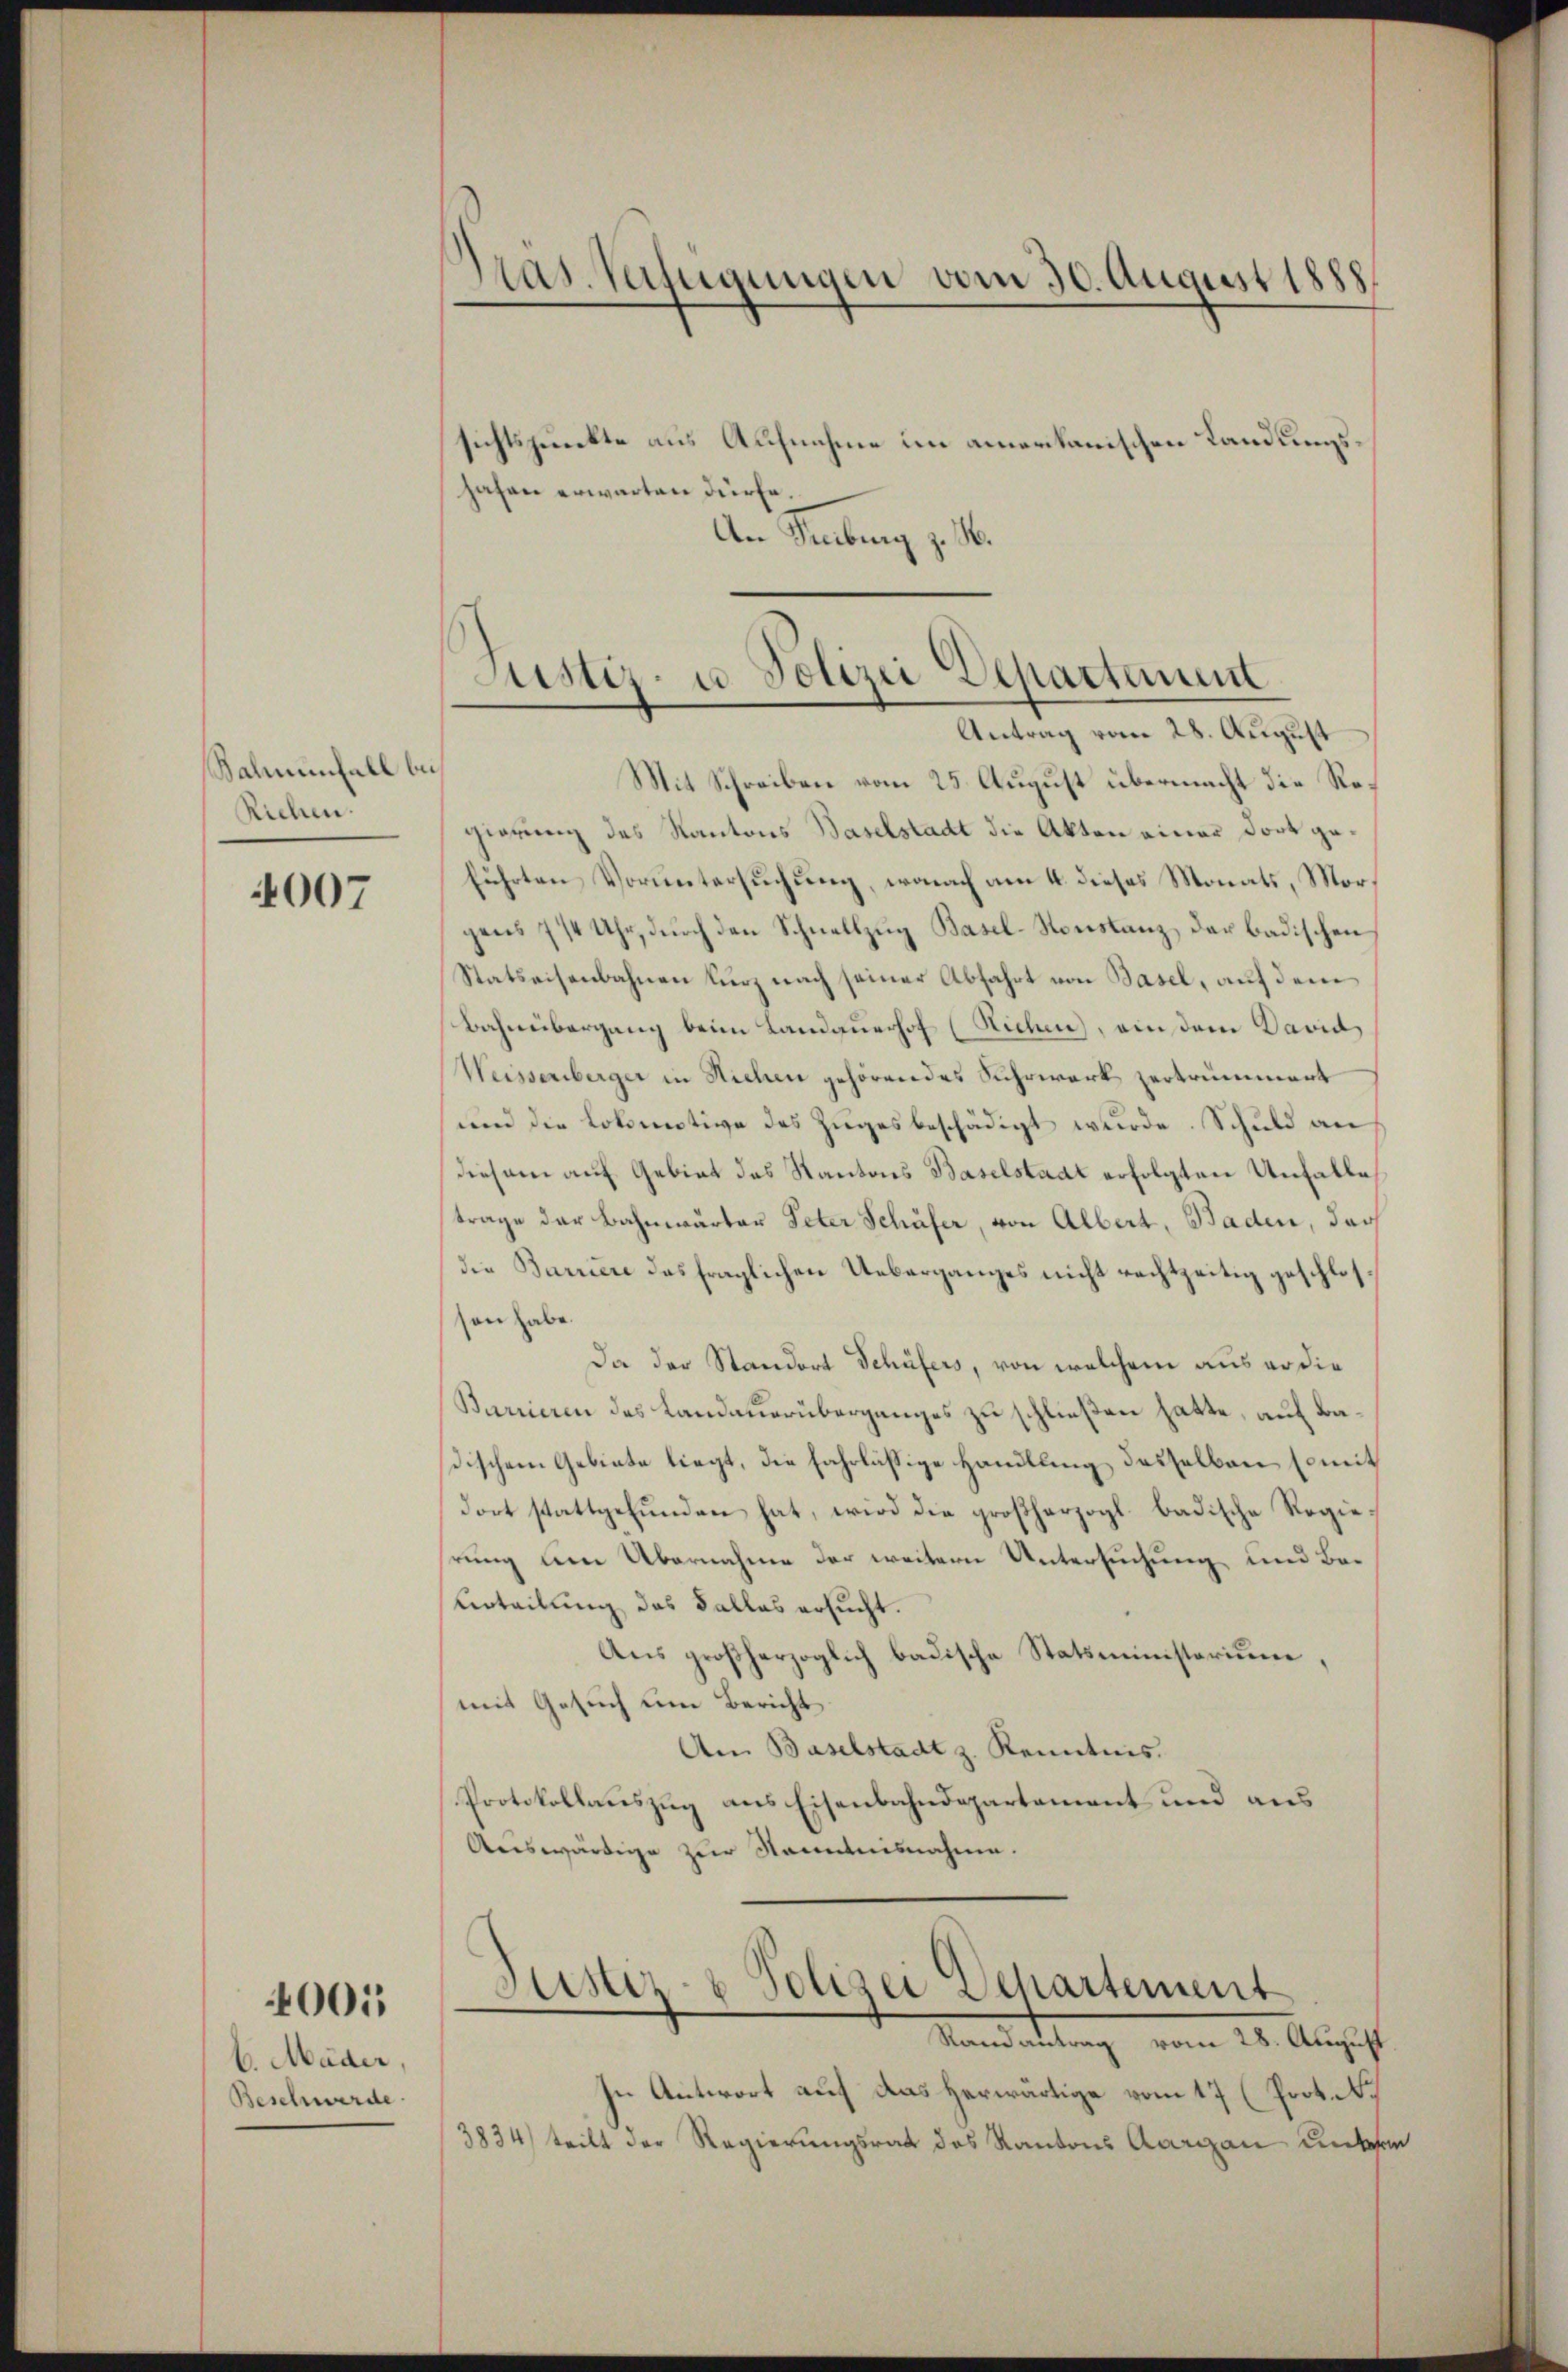
Balmenfall bei
Rechen.

4007

6. Mäder,
Beschwerde

001

sichtspunkte aus Aufnahme im amerikanischen Landungshafen erwarten dürfe.
An Senburg z. B.

Pras. Verfügungen vom 30. August 1888

Justiz- u. Polizei Departement
Antrag vom 28. August
Mit Schreiben vom 25. August übermacht die Re¬

gierung des Kantons Baselstadt die Akten einer Dort geführten Voruntersuchung, wonach am 4. dieses Monats, Morgens 7/4 Uhr, durch den Schnellzug Basel-Konstanz, der badischen
Statseisenbahnen kurz nach seiner Abfahrt von Basel, auf dem
Bahnübergang beim Landauerhof (Richen, ainem David
Weissenberger in Sichen gehörendes Suhrwerk zertrümmert
und die Lokomotive des Zuges beschädigt wurde. Schuld an
diesem auf Gebiet das Kantons Baselstadt erfolgten Unfalle
trage der Bahnwärter Peter Schäfer, von Albert, Baden, das
die Barriere das fraglichen Ueberganges nicht rechtzeitig geschlossen habe.
Da der Standort Schüfers, von welchem aus er die
Barrieren des Landauerüberganges zu schließen hatte, auf dadischem Gebiete liegt, die fahrlässige Handlung desselben somit
dort stattgefunden hat, wird die großherzogl. badische Regierung um Übernahme der weitern Untersuchung und Be¬
Urteilung des Kallas ersucht.
Aus großherzoglich badische Statsministerium,
mit Gesuch um Bericht
Am Baselstadt z. Kenntnis.
Protokollauszug aus Eisenbahndepartement und aus
Auswärtige zur Kenntnisnahme.

Justiz- & Polizei Dehartement
Vandartung vom 24. August

In Antwort auf das herwärtige vom 17 (Prot.
3834) tritt der Regierungsrat des Kantons Aargau unterm